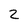
Character: 2